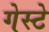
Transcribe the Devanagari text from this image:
गेस्टे